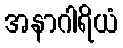
အနာဂါရိယံ